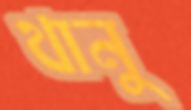
থানু